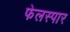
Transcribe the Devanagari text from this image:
फेलस्पार